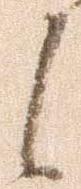
候